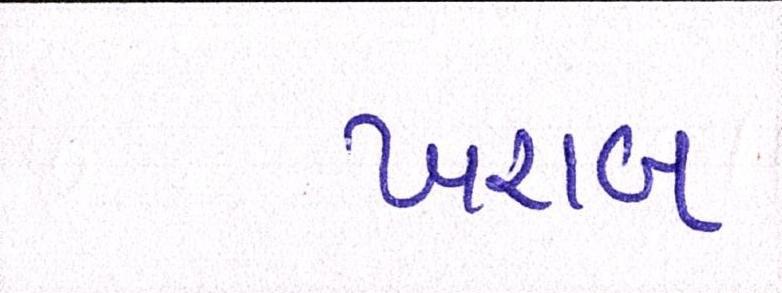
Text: ખરાબ